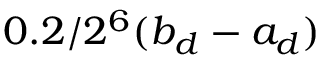
0 . 2 / 2 ^ { 6 } ( b _ { d } - a _ { d } )